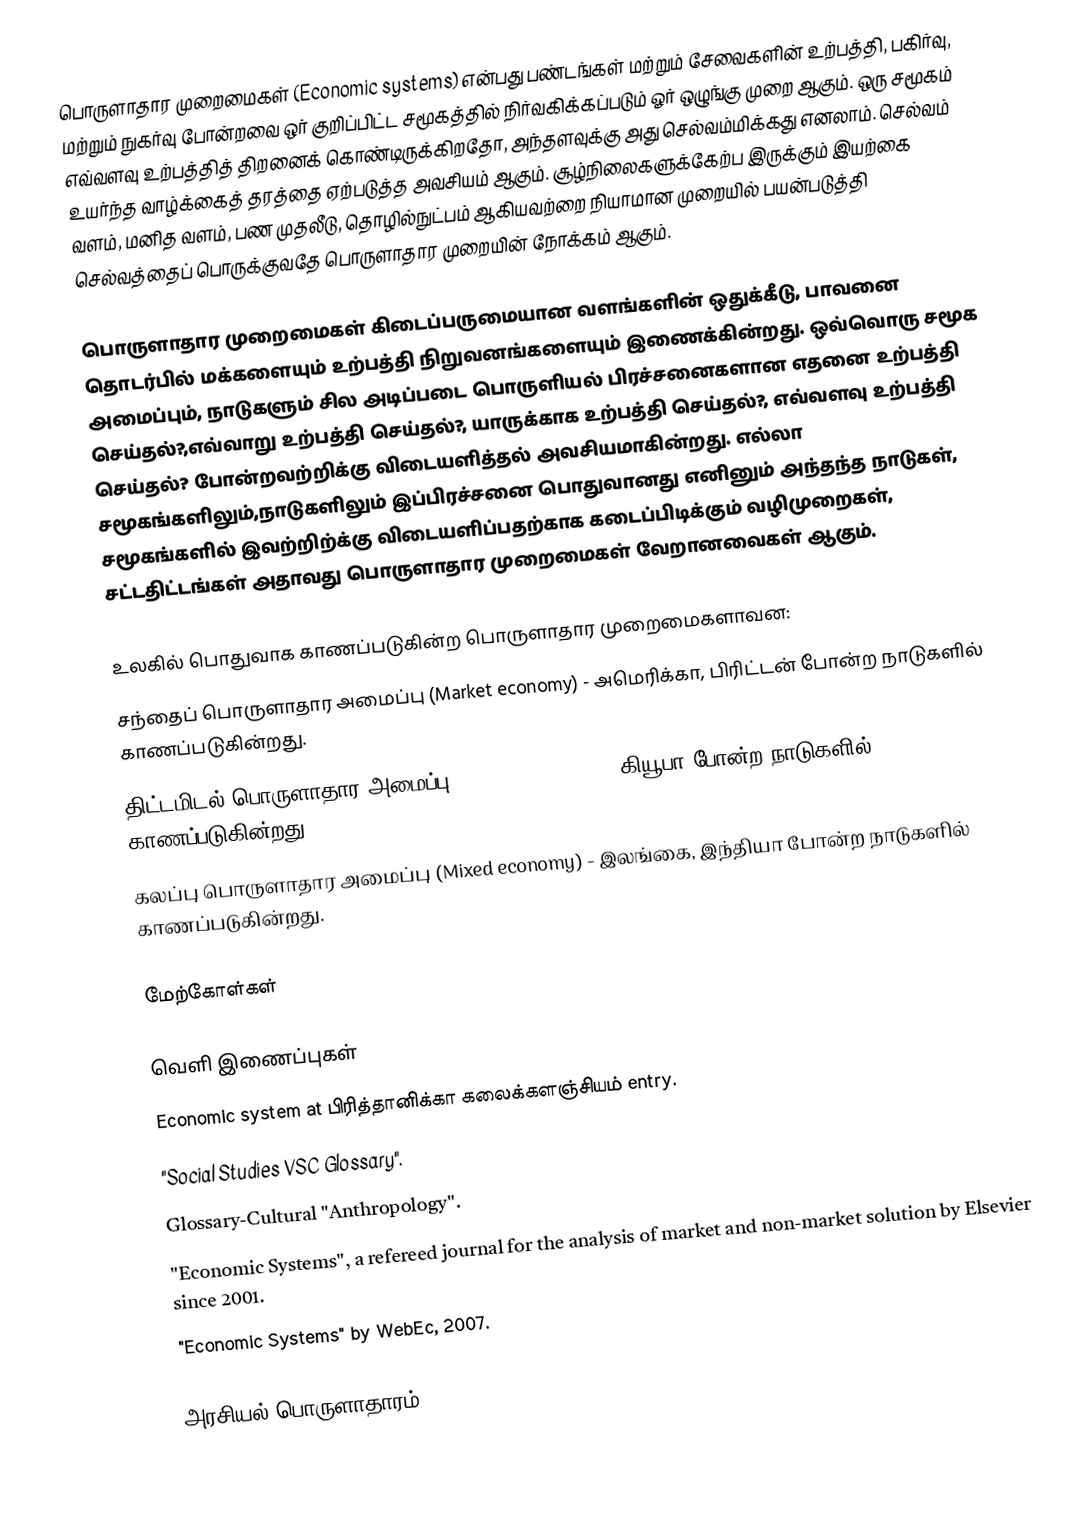
பொருளாதார முறைமைகள் (Economic systems) என்பது பண்டங்கள் மற்றும் சேவைகளின் உற்பத்தி, பகிர்வு, மற்றும் நுகர்வு போன்றவை ஒர் குறிப்பிட்ட சமூகத்தில் நிர்வகிக்கப்படும் ஓர் ஒழுங்கு முறை ஆகும். ஒரு சமூகம் எவ்வளவு உற்பத்தித் திறனைக் கொண்டிருக்கிறதோ, அந்தளவுக்கு அது செல்வம்மிக்கது எனலாம்.  செல்வம் உயர்ந்த வாழ்க்கைத் தரத்தை ஏற்படுத்த அவசியம் ஆகும்.  சூழ்நிலைகளுக்கேற்ப இருக்கும் இயற்கை வளம், மனித வளம், பண முதலீடு, தொழில்நுட்பம் ஆகியவற்றை நியாமான முறையில் பயன்படுத்தி செல்வத்தைப் பொருக்குவதே பொருளாதார முறையின் நோக்கம் ஆகும்.

பொருளாதார முறைமைகள் கிடைப்பருமையான வளங்களின் ஒதுக்கீடு, பாவனை தொடர்பில் மக்களையும் உற்பத்தி நிறுவனங்களையும் இணைக்கின்றது. ஒவ்வொரு சமூக அமைப்பும், நாடுகளும் சில அடிப்படை பொருளியல் பிரச்சனைகளான எதனை உற்பத்தி செய்தல்?,எவ்வாறு உற்பத்தி செய்தல்?, யாருக்காக உற்பத்தி செய்தல்?, எவ்வளவு உற்பத்தி செய்தல்? போன்றவற்றிக்கு விடையளித்தல் அவசியமாகின்றது. எல்லா சமூகங்களிலும்,நாடுகளிலும் இப்பிரச்சனை பொதுவானது எனினும் அந்தந்த நாடுகள், சமூகங்களில் இவற்றிற்க்கு விடையளிப்பதற்காக கடைப்பிடிக்கும் வழிமுறைகள், சட்டதிட்டங்கள் அதாவது பொருளாதார முறைமைகள் வேறானவைகள் ஆகும்.

உலகில் பொதுவாக காணப்படுகின்ற பொருளாதார முறைமைகளாவன:
 சந்தைப் பொருளாதார அமைப்பு (Market economy) - அமெரிக்கா, பிரிட்டன் போன்ற நாடுகளில் காணப்படுகின்றது.
 திட்டமிடல் பொருளாதார அமைப்பு (Planned economy) - கியூபா போன்ற நாடுகளில் காணப்படுகின்றது.
 கலப்பு பொருளாதார அமைப்பு (Mixed economy) - இலங்கை, இந்தியா போன்ற நாடுகளில் காணப்படுகின்றது.

மேற்கோள்கள்

வெளி இணைப்புகள்
 Economic system at பிரித்தானிக்கா கலைக்களஞ்சியம் entry.
 "Social Studies VSC Glossary".
 Glossary-Cultural "Anthropology".
 "Economic Systems", a refereed journal for the analysis of market and non-market solution by Elsevier since 2001.
 "Economic Systems" by WebEc, 2007.

அரசியல் பொருளாதாரம்